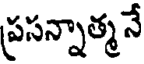
ప్రసన్నాత్మనే